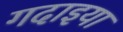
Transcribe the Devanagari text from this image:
गदाइया